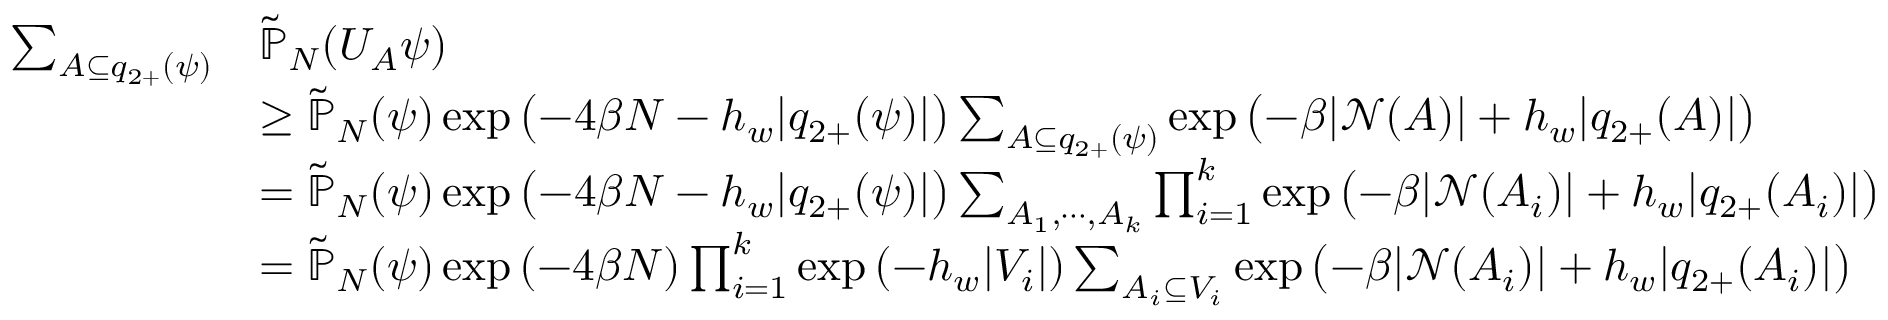
\begin{array} { r l } { \sum _ { A \subseteq q _ { 2 + } ( \psi ) } } & { \widetilde { \mathbb { P } } _ { N } ( U _ { A } \psi ) } \\ & { \ge \widetilde { \mathbb { P } } _ { N } ( \psi ) \exp \left( - 4 \beta N - h _ { w } \vert q _ { 2 + } ( \psi ) \vert \right) \sum _ { A \subseteq q _ { 2 + } ( \psi ) } \exp \left( - \beta \vert { \ensuremath { \mathcal N } } ( A ) \vert + h _ { w } \vert q _ { 2 + } ( A ) \vert \right) } \\ & { = \widetilde { \mathbb { P } } _ { N } ( \psi ) \exp \left( - 4 \beta N - h _ { w } \vert q _ { 2 + } ( \psi ) \vert \right) \sum _ { A _ { 1 } , \cdots , A _ { k } } \prod _ { i = 1 } ^ { k } \exp \left( - \beta \vert { \ensuremath { \mathcal N } } ( A _ { i } ) \vert + h _ { w } \vert q _ { 2 + } ( A _ { i } ) \vert \right) } \\ & { = \widetilde { \mathbb { P } } _ { N } ( \psi ) \exp \left( - 4 \beta N \right) \prod _ { i = 1 } ^ { k } \exp \left( - h _ { w } \vert V _ { i } \vert \right) \sum _ { A _ { i } \subseteq V _ { i } } \exp \left( - \beta \vert { \ensuremath { \mathcal N } } ( A _ { i } ) \vert + h _ { w } \vert q _ { 2 + } ( A _ { i } ) \vert \right) } \end{array}